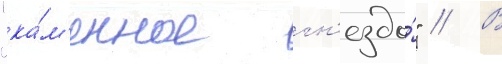
"ка́м'енное гн'ездо́" // В